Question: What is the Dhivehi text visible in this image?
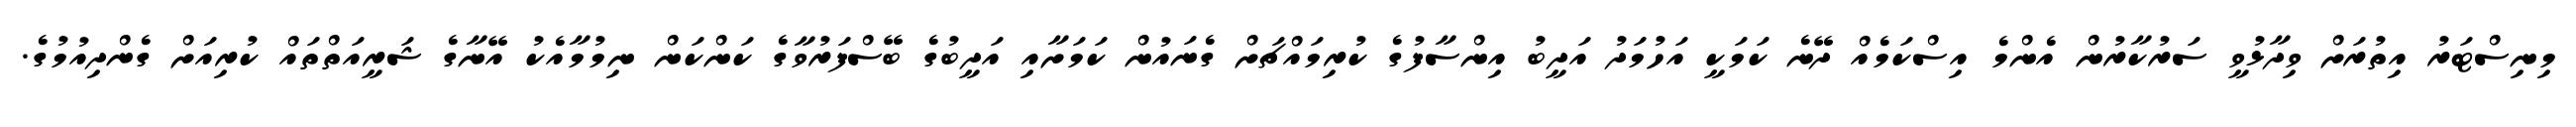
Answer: މިނިސްޓަރު އިތުރަށް ވިދާޅުވީ ސަރުކާރުން އެންމެ އިސްކަމެއް ދޭނެ ކަމަކީ އަހުމަދު އަދީބު އިންސާފުގެ ކުރިމައްޗަށް ގެނައުން ކަމަށާއި އަދީބުގެ ބޭސްފަރުވާގެ ކަންކަން ނިމުމާއެކު އޭނާގެ ޝަރީއަތްތައް ކުރިއަށް ގެންދިއުމުގެ.